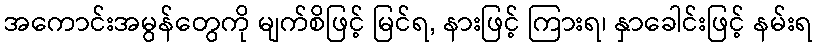
အကောင်းအမွန်တွေကို မျက်စိဖြင့် မြင်ရ, နားဖြင့် ကြားရ၊ နှာခေါင်းဖြင့် နမ်းရ